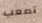
تصعب